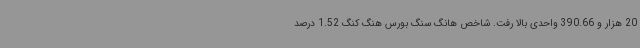
20 هزار و 390.66 واحدی بالا رفت. شاخص هانگ سنگ بورس هنگ کنگ 1.52 درصد